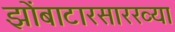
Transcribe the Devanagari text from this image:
झोंबाटारसारख्या